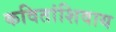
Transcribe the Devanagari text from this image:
कवितांशिवाय